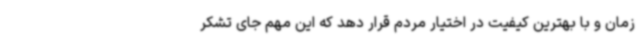
زمان و با بهترین کیفیت در اختیار مردم قرار دهد که این مهم جای تشکر